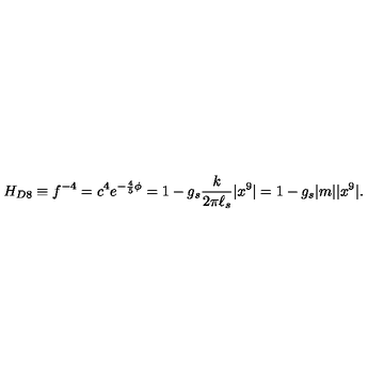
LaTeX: H _ { D 8 } \equiv f ^ { - 4 } = c ^ { 4 } e ^ { - { \frac { 4 } { 5 } } \phi } = 1 - g _ { s } { \frac { k } { 2 \pi \ell _ { s } } } | x ^ { 9 } | = 1 - g _ { s } | m | | x ^ { 9 } | .